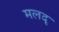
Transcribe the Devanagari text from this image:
मलदृ